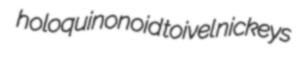
holoquinonoid toivel nickeys